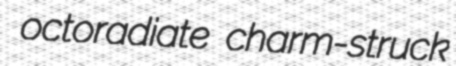
octoradiate charm-struck